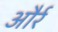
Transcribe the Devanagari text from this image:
और्र